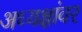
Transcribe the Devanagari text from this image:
अध्यक्षांवर